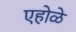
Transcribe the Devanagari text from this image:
एहोळे